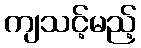
ကျသင့်မည့်